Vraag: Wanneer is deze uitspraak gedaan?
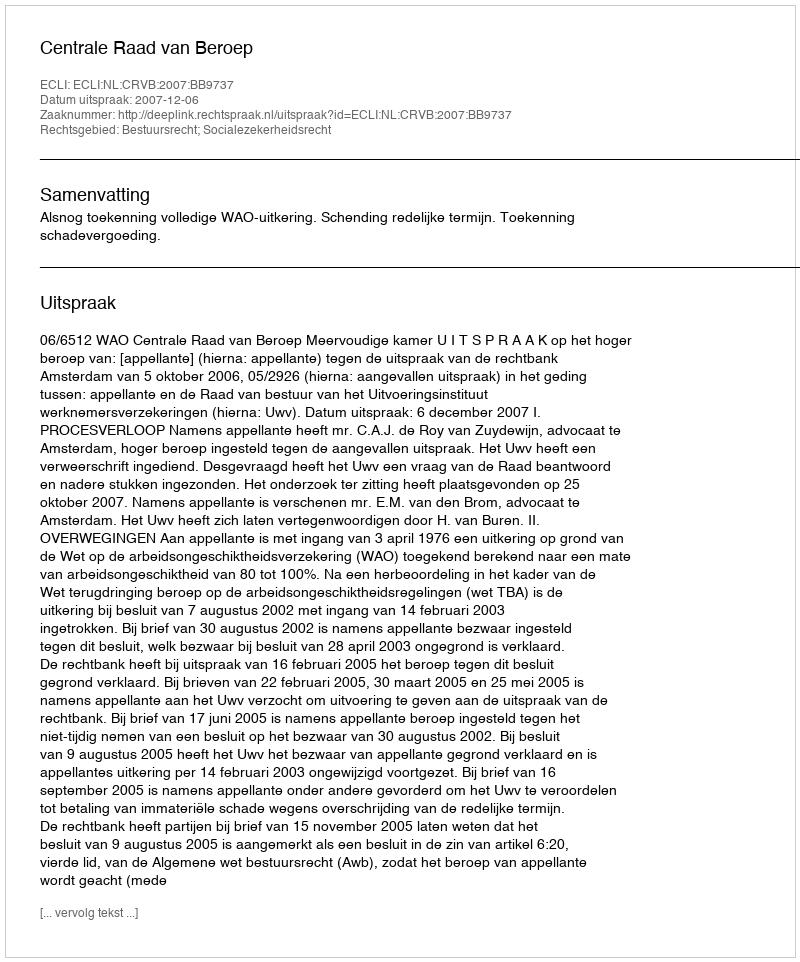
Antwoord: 2007-12-06